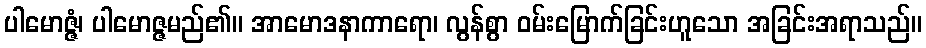
ပါမောဇ္ဇံ၊ ပါမောဇ္ဇမည်၏။ အာမောဒနာကာရော၊ လွန်စွာ ဝမ်းမြောက်ခြင်းဟူသော အခြင်းအရာသည်။